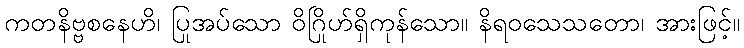
ကတနိဗ္ဗစနေဟိ၊ ပြုအပ်သော ဝိဂြိုဟ်ရှိကုန်သော။ နိရဝသေသတော၊ အားဖြင့်။